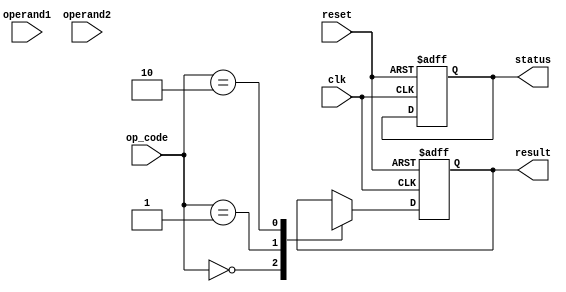
module double_precision_fpu (
    input wire clk,
    input wire reset,
    
    // Inputs
    input wire [63:0] operand1,
    input wire [63:0] operand2,
    input wire [1:0] op_code, // 00: floating point add, 01: floating point multiply, 10: floating point divide
    
    // Outputs
    output reg [63:0] result,
    output reg [2:0] status // 000: normal, 001: overflow, 010: underflow, 011: division by zero
);

reg [63:0] register1;
reg [63:0] register2;

always @(posedge clk or posedge reset) begin
    if (reset) begin
        register1 <= 0;
        register2 <= 0;
        result <= 0;
        status <= 0;
    end else begin
        register1 <= operand1;
        register2 <= operand2;
        
        case (op_code)
            2'b00: // floating point add
                result <= floating_point_add(register1, register2);
                
            2'b01: // floating point multiply
                result <= floating_point_multiply(register1, register2);
                
            2'b10: // floating point divide
                result <= floating_point_divide(register1, register2);
        endcase
    end
end

function [63:0] floating_point_add;
// Code for floating point adder
endfunction

function [63:0] floating_point_multiply;
// Code for floating point multiplier
endfunction

function [63:0] floating_point_divide;
// Code for floating point divider
endfunction

endmodule